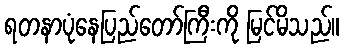
ရတနာပုံနေပြည်တော်ကြီးကို မြင်မိသည်။